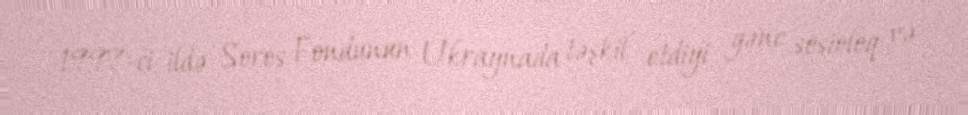
1997-ci ildə Soros Fondunun Ukraynada təşkil etdiyi gənc sosioloq və